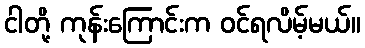
ငါတို့ ကုန်းကြောင်းက ဝင်ရလိမ့်မယ်။